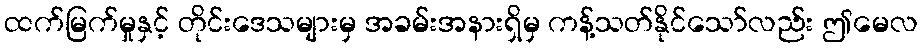
ထက်မြက်မှုနှင့် တိုင်းဒေသများမှ အခမ်းအနားရှိမှ ကန့်သတ်နိုင်သော်လည်း ဤမေလ